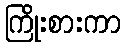
ကြိုးစားကာ